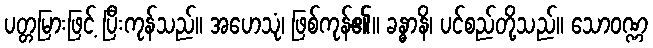
ပတ္တမြားဖြင့် ပြီးကုန်သည်။ အဟေသုံ၊ ဖြစ်ကုန်၏။ ခန္ဓာနိ၊ ပင်စည်တို့သည်။ သောဝဏ္ဏ